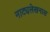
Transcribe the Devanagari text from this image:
नाट्यलेखनास